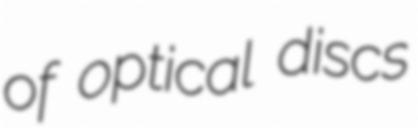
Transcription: of optical discs